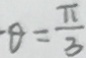
\theta = \frac { \pi } { 3 }